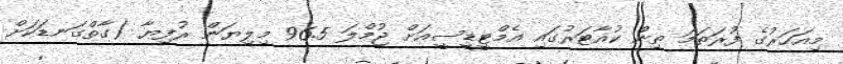
މިއަހަރުގެ ފުރަތަމަ ތިން ކުއާޓަރުގައި އެމްޓީޑީސީއަށް ޖުމްލަ 96.5 މިލިޔަން ރުފިޔާ (ގާތްގަނޑަކަށް